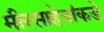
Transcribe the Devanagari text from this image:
मीरसाहेबांकडे